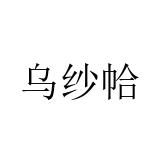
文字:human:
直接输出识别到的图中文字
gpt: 乌纱帢